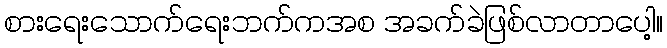
စားရေးသောက်ရေးဘက်ကအစ အခက်ခဲဖြစ်လာတာပေါ့။